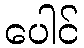
ပေါင်